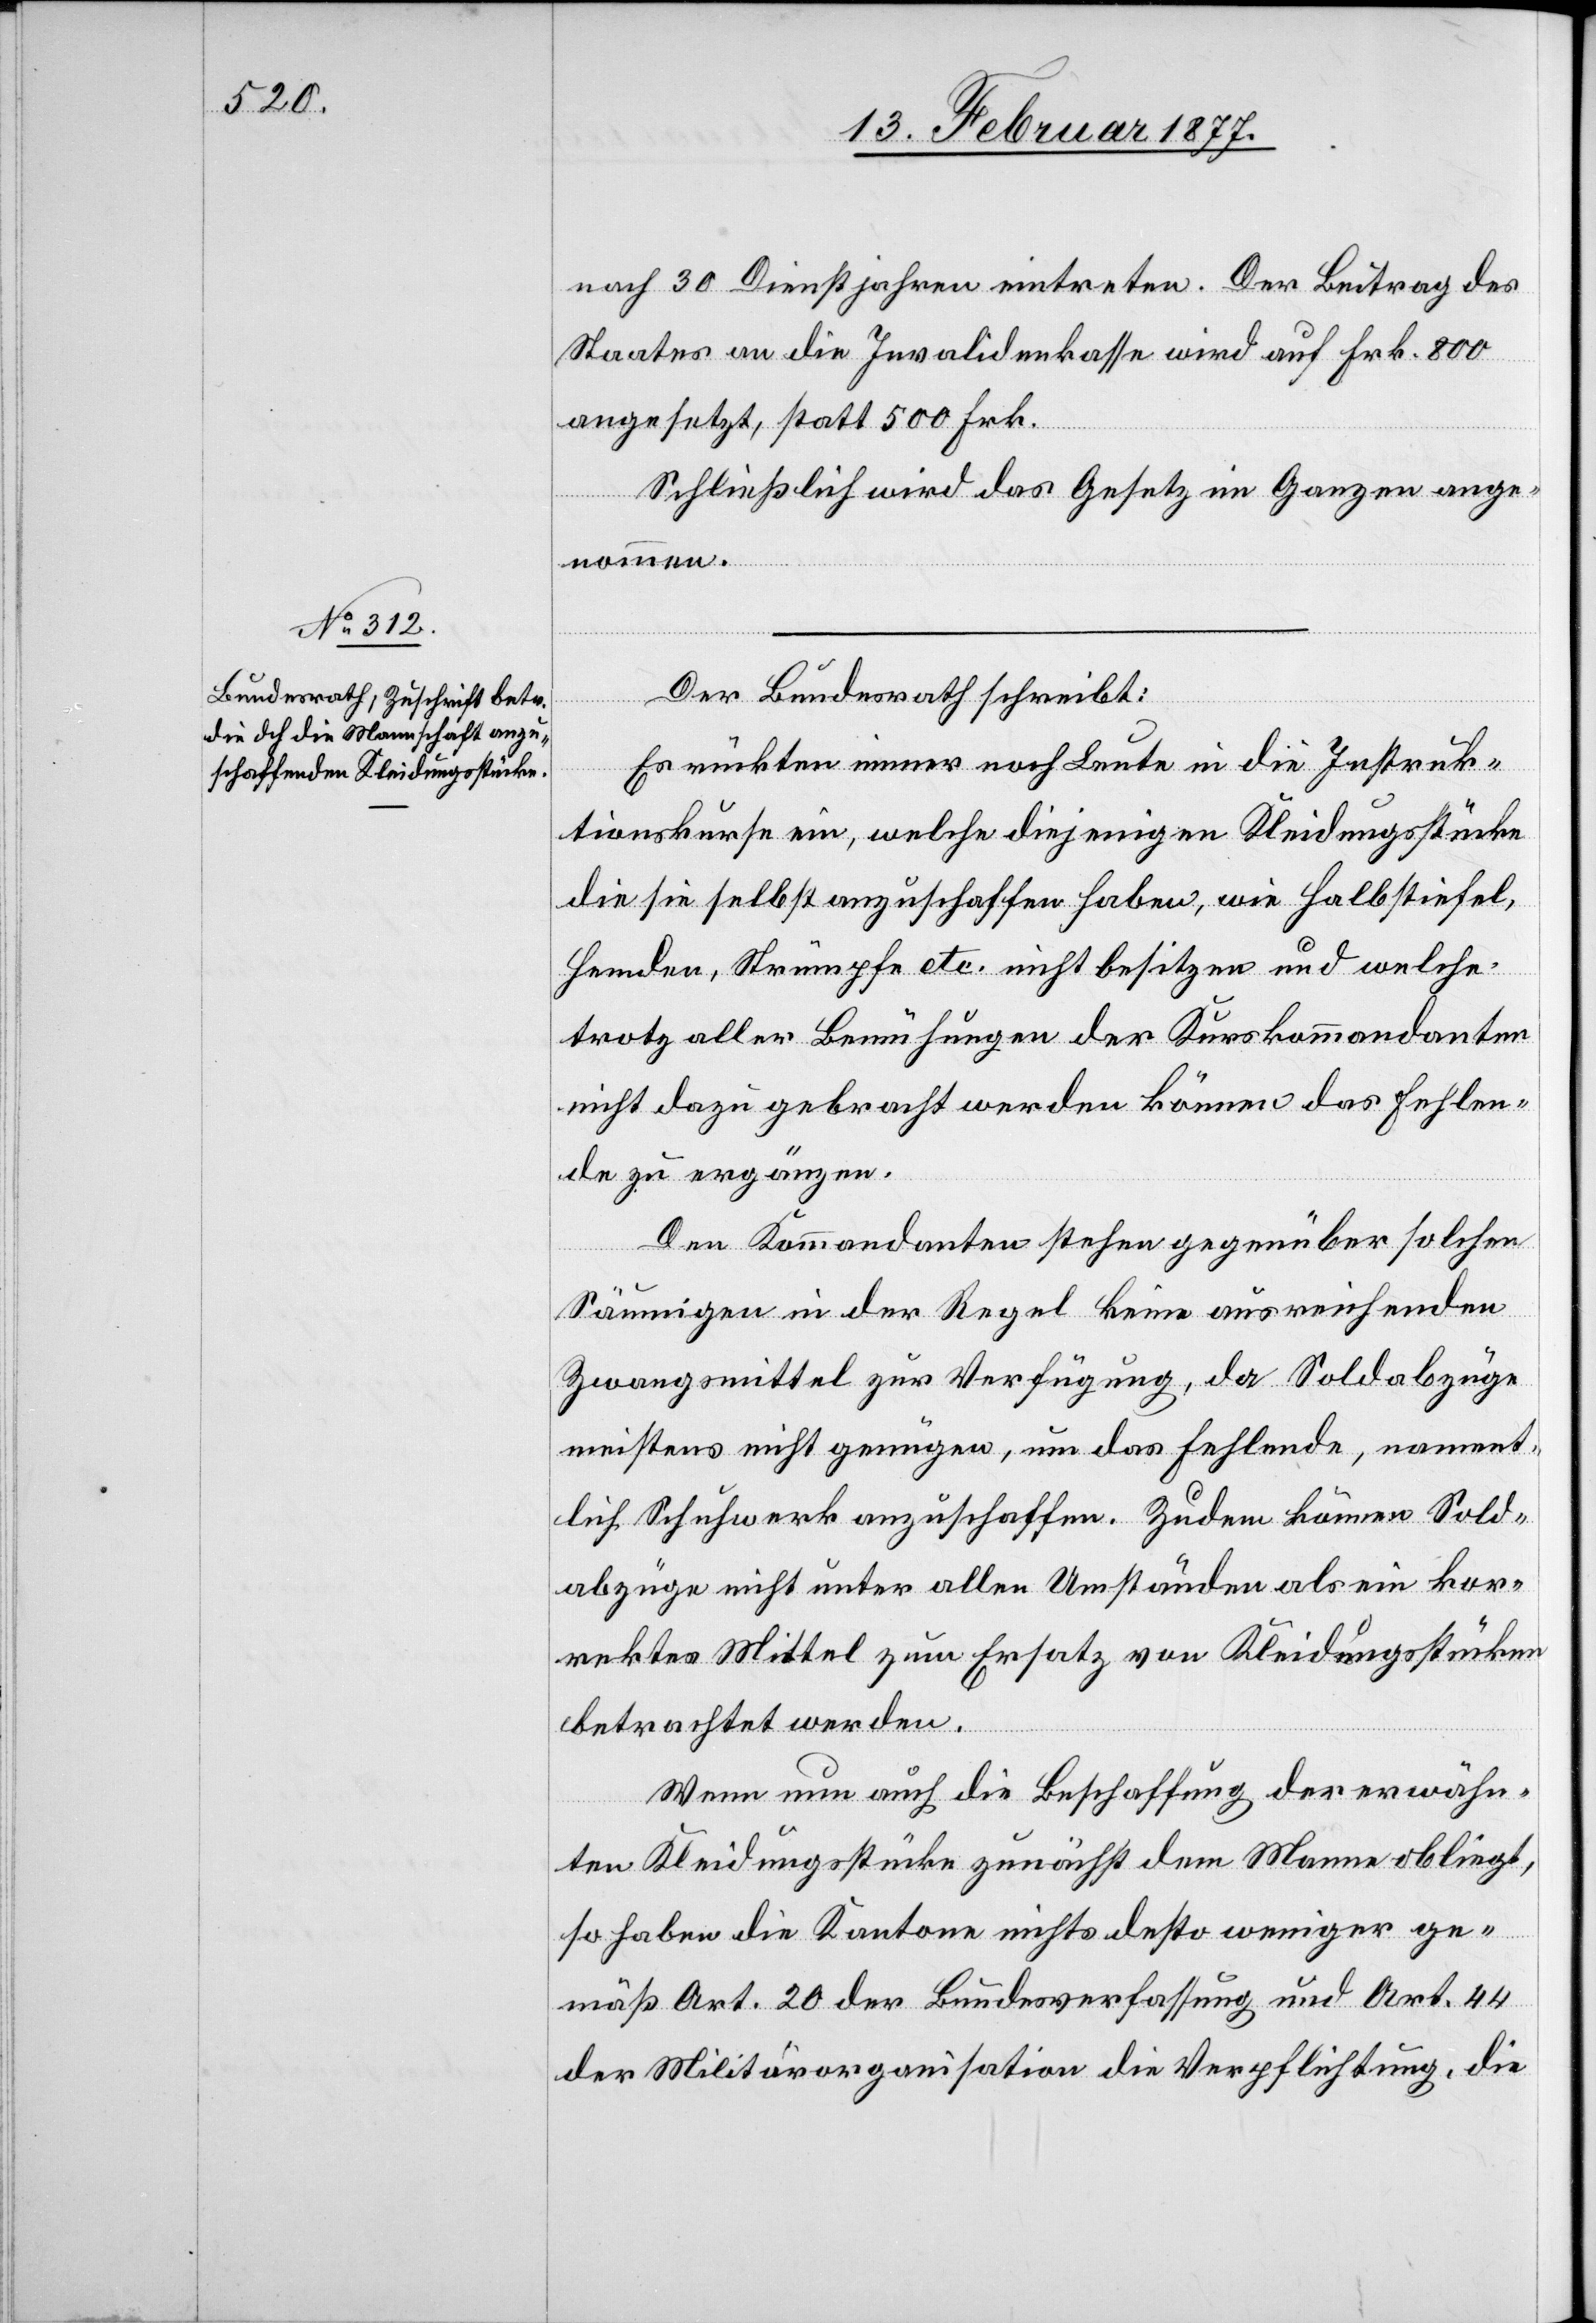
nach 30 Dienstjahren eintreten. Der Beitrag des
Staates an die Invalidenkasse wird auf Frk. 800
angesetzt, statt 500 Frk.
Schließlich wird das Gesetz im Ganzen ange¬
nommen.
Der Bundesrath schreibt:
Es rückten immer noch Leute in die Instruk¬
tionskurse ein, welche diejenigen Kleidungsstücke
die sie selbst anzuschaffen haben, wie Halbstiefel,
Hemden, Strümpfe etc. nicht besitzen und welche
trotz aller Bemühungen der Kurskommandanten
nicht dazu gebracht werden können das Fehlen¬
de zu ergänzen.
Den Kommandanten stehen gegenüber solchen
Säumigen in der Regel keine ausreichenden
Zwangsmittel zur Verfügung, da Soldabzüge
meistens nicht genügen, um das Fehlende, nament¬
lich Schuhwerke anzuschaffen. Zudem können Sold¬
abzüge nicht unter allen Umständen als ein kor¬
rektes Mittel zum Ersatz von Kleidungsstücken
betrachtet werden.
Wenn nun auch die Beschaffung der erwähn¬
ten Kleidungsstücke zunächst dem Manne obliegt,
so haben die Kantone nichts desto weniger ge¬
mäß Art. 20 der Bundesverfassung und Art. 44
der Militärorganisation die Verpflichtung, die